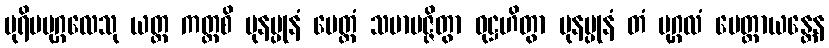
ပုရိမပုဂ္ဂလေသု ယတ္ထ ကတ္ထစိ ပုနပ္ပုနံ မေတ္တံ သမာပဇ္ဇိတွာ ဝုဋ္ဌဟိတွာ ပုနပ္ပုနံ တံ ပုဂ္ဂလံ မေတ္တာယန္တေန